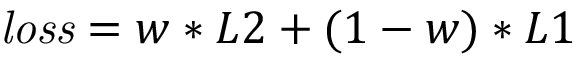
\mathit { l o s s } = w * L 2 + ( 1 - w ) * L 1